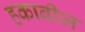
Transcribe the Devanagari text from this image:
हकाबीज़